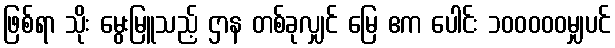
ဖြစ်ရာ သိုး မွေးမြူသည့် ဌာန တစ်ခုလျှင် မြေ ဧက ပေါင်း ၁၀၀၀၀၀မျှပင်